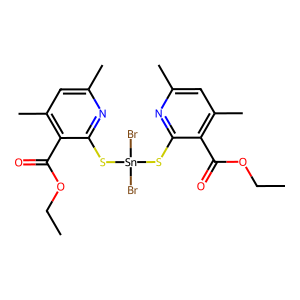
SMILES: CCOC(=O)c1c(C)cc(C)nc1S[Sn](Br)(Br)Sc1nc(C)cc(C)c1C(=O)OCC
Inhibits HIV replication: No